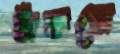
বাঁকবো